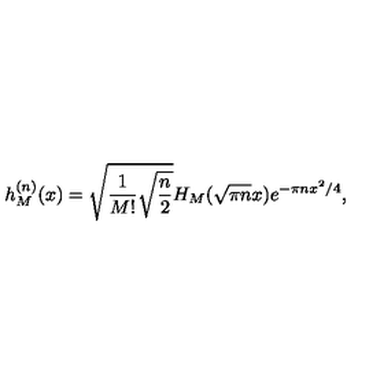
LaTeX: h _ { M } ^ { ( n ) } ( x ) = \sqrt { \frac { 1 } { M ! } \sqrt { \frac { n } { 2 } } } H _ { M } ( \sqrt { \pi n } x ) e ^ { - \pi n x ^ { 2 } / 4 } ,